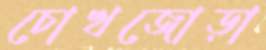
চোখজোড়া